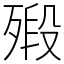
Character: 㱭